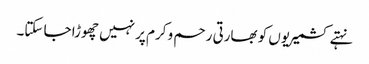
نہتے کشمیریوں کو بھارتی رحم و کرم پر نہیں چھوڑا جا سکتا۔